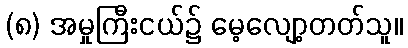
(၈) အမှုကြီးငယ်၌ မေ့လျော့တတ်သူ။